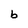
Character: b